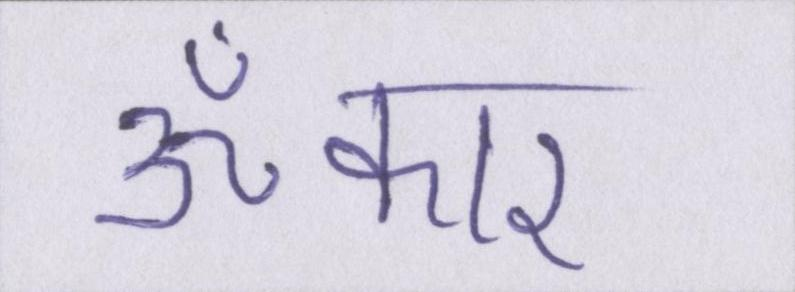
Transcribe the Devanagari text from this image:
ॐकार